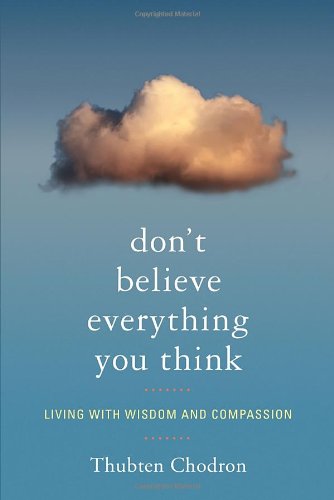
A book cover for Don't Believe Everything You Think: Living with Wisdom and Compassion; Thubten Chodron; Religion & Spirituality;